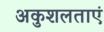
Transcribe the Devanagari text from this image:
अकुशलताएं